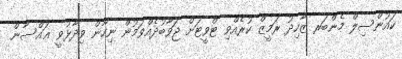
ކައުންސިލް މެންބަރ ޒާހިދު ރަމީޒް ކުރެއްވި ޓްވީޓަށް ޖަވާބުދެއްވަމުން ނިހާން ވިދާޅުވީ ޣައްސާން